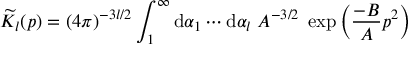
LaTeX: \widetilde { K } _ { l } ( p ) = ( 4 \pi ) ^ { - 3 l / 2 } \int _ { 1 } ^ { \infty } \mathrm { d } \alpha _ { 1 } \cdots \mathrm { d } \alpha _ { l } \; A ^ { - 3 / 2 } \; \exp \left( \frac { - B } { A } p ^ { 2 } \right)